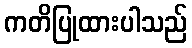
ကတိပြုထားပါသည်